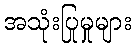
အသုံးပြုမှုများ